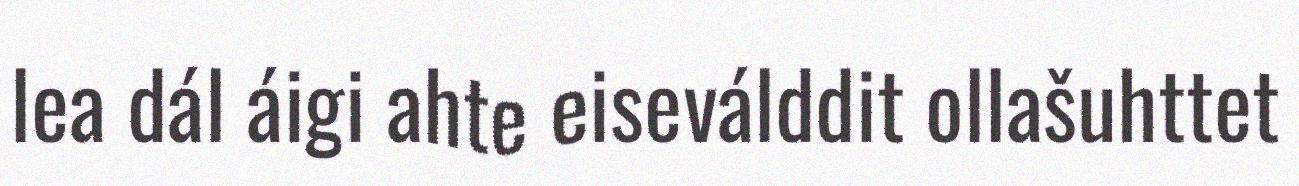
lea dál áigi ahte eiseválddit ollašuhttet